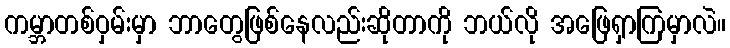
ကမ္ဘာတစ်ဝှမ်းမှာ ဘာတွေဖြစ်နေလည်းဆိုတာကို ဘယ်လို အဖြေရှာကြမှာလဲ။